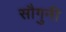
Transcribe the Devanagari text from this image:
सौगुनी